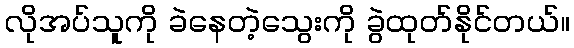
လိုအပ်သူကို ခဲနေတဲ့သွေးကို ခွဲထုတ်နိုင်တယ်။